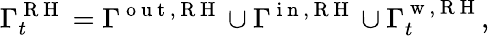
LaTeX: \Gamma_{t}^{\mathrm{~R~H~}}=\Gamma^{\mathrm{~o~u~t~,~R~H~}}\cup\Gamma^{\mathrm{~i~n~,~R~H~}}\cup\Gamma_{t}^{\mathrm{~w~,~R~H~}},